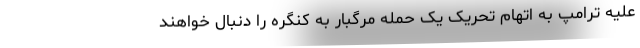
علیه ترامپ به اتهام تحریک یک حمله مرگبار به کنگره را دنبال خواهند